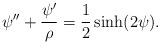
\begin{align*}\psi''+\frac{\psi'}{\rho}=\frac 12 \sinh(2\psi).\end{align*}